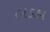
હાડકા